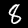
Digit: 8